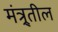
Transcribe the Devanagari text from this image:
मंत्र्र्तील